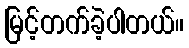
မြင့်တက်ခဲ့ပါတယ်။